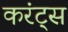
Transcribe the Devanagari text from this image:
करंट्स